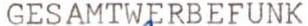
GESAMTWERBEFUNK